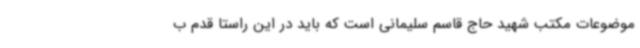
موضوعات مکتب شهید حاج قاسم سلیمانی است که باید در این راستا قدم ب